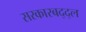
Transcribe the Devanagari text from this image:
सरकारबद्द्ल